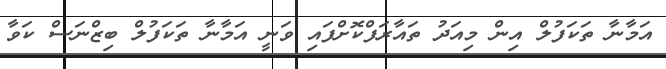
އަމާނާ ތަކަފުލް އިން މިއަދު ތައާރަފްކޮށްފައި ވަނީ އަމާނާ ތަކަފުލް ބިޒްނަސް ކަވާ